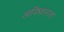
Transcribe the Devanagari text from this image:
आविष्काराला